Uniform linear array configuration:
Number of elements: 4
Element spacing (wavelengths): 1
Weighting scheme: cosine
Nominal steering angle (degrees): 15
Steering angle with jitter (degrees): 16.922
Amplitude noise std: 0.05
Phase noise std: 0.05

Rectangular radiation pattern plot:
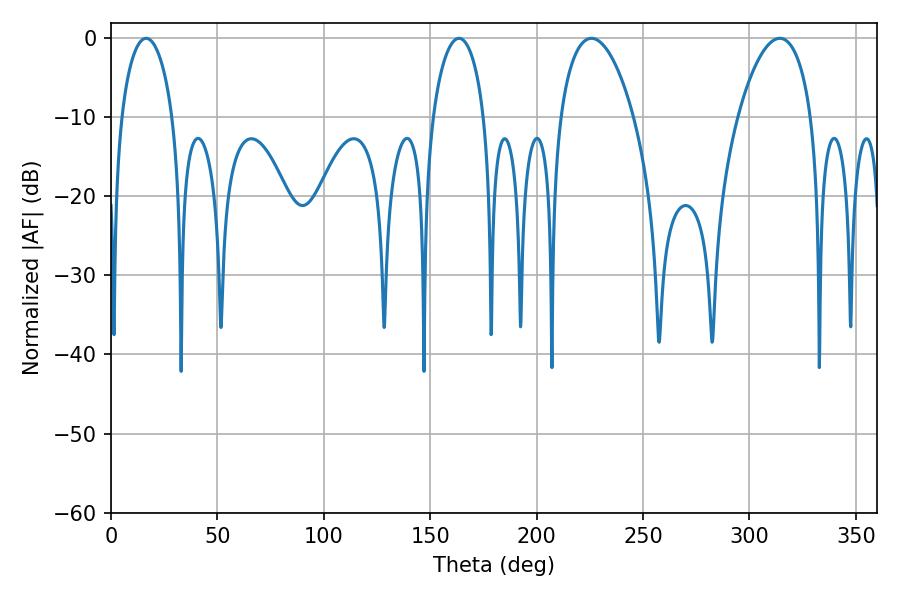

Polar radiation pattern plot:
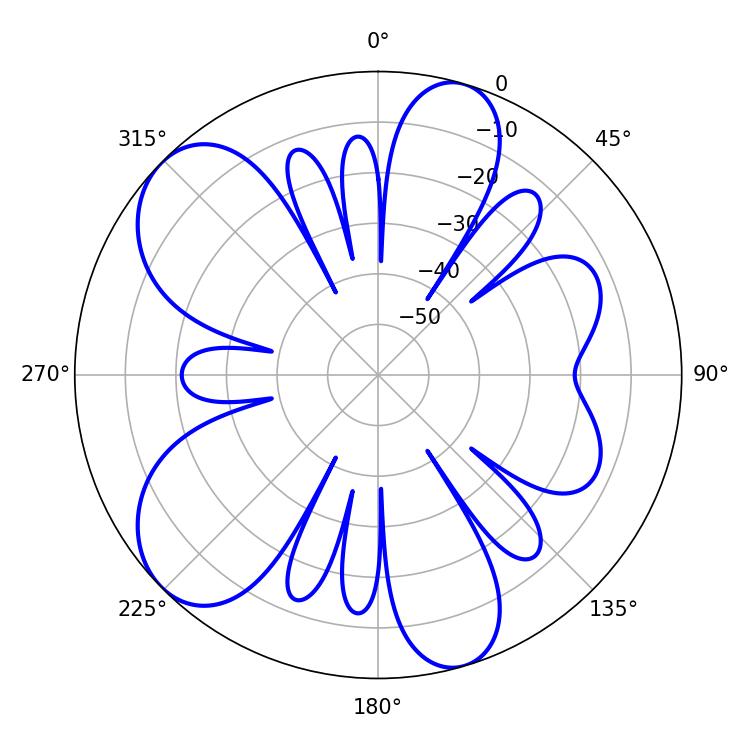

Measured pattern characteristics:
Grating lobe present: TRUE
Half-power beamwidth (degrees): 19.44
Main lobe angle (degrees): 225.72